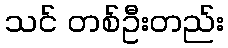
သင် တစ်ဦးတည်း